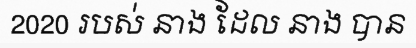
2020 របស់ នាង ដែល នាង បាន